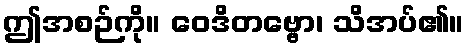
ဤအစဉ်ကို။ ဝေဒိတဗ္ဗော၊ သိအပ်၏။